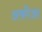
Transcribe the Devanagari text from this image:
अकौआ